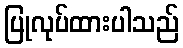
ပြုလုပ်ထားပါသည်